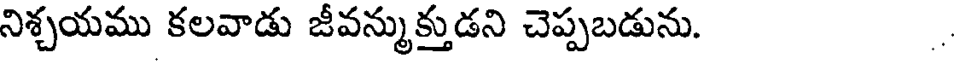
నిశ్చయము కలవాడు జీవన్ముక్తుడని చెప్పబడును.